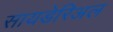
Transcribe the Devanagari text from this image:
सायडेरिअल